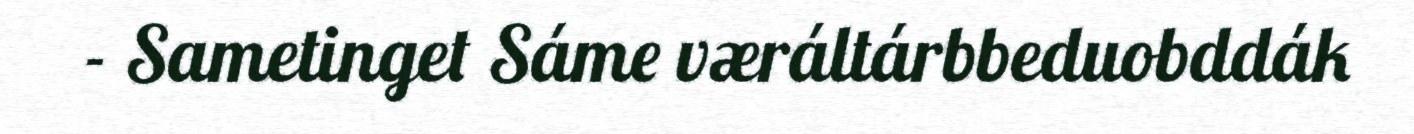
- Sametinget Sáme væráltárbbeduobddák